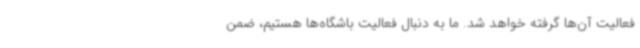
فعالیت آن‌ها گرفته خواهد شد. ما به دنبال فعالیت باشگاه‌ها هستیم، ضمن